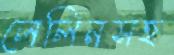
লেলিনসহ